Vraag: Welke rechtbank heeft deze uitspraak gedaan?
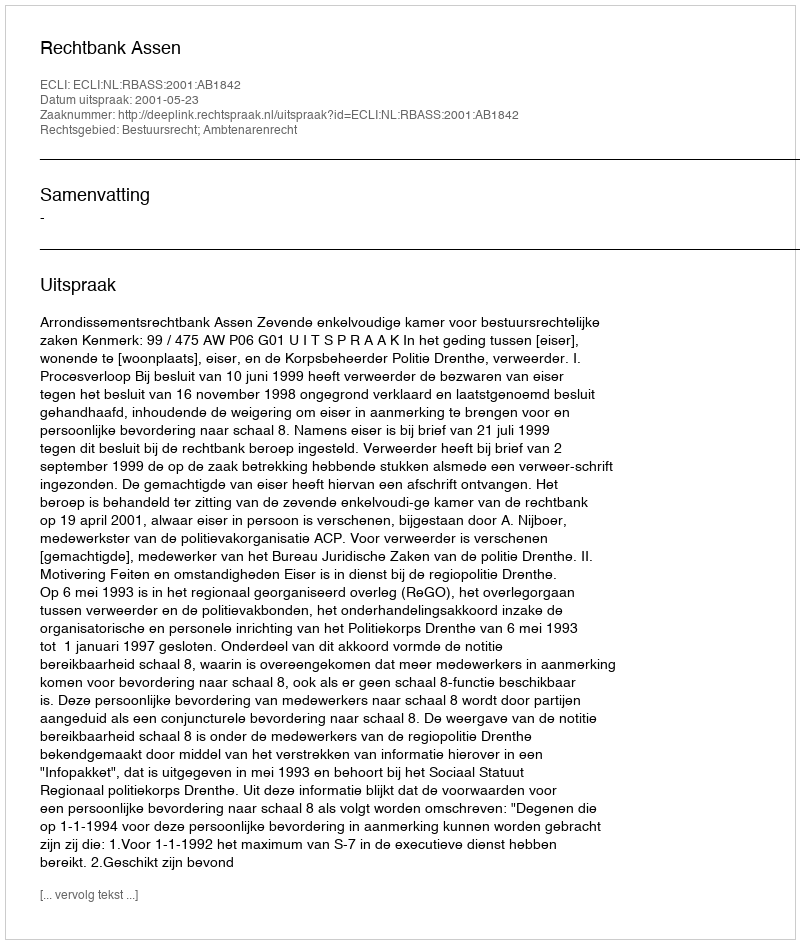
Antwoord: Rechtbank Assen